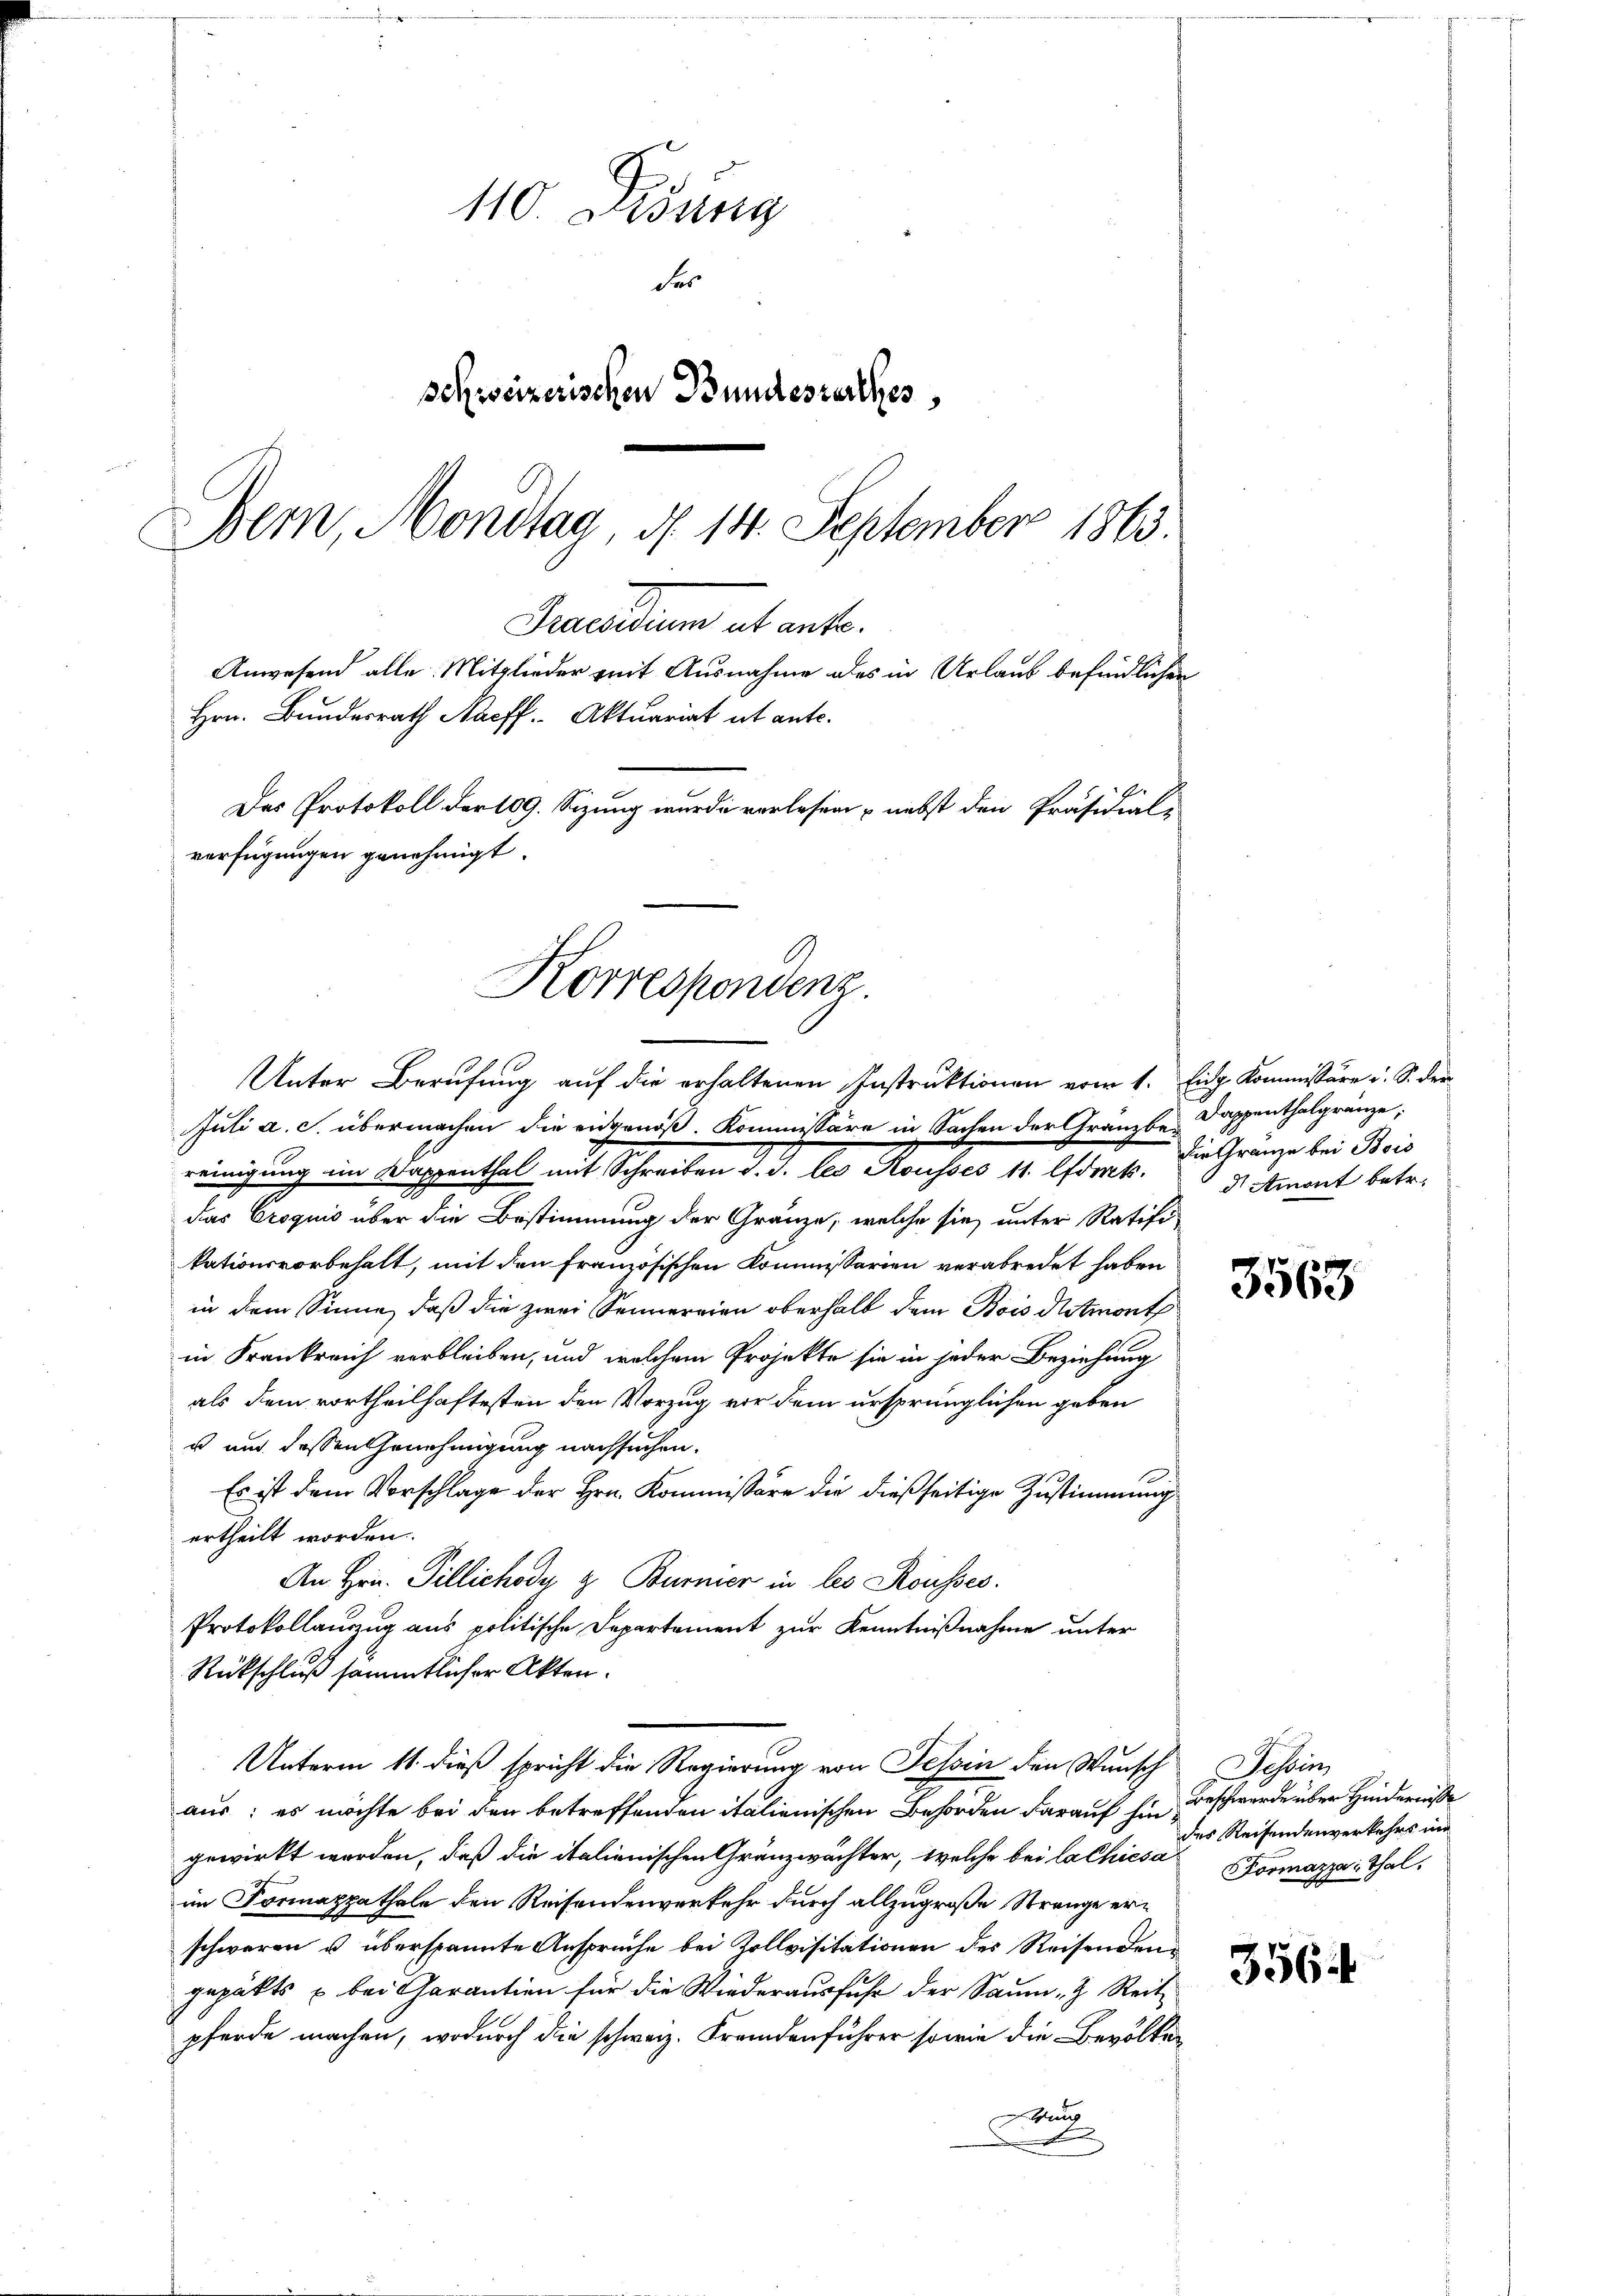
110. Disung
des
schweizerischen Bundesrathes,
Bern, Mondtag, d. 14. September 1863.
Gruendum et ante.
Anwesend alle Mitglieder mit Ausnahme des in Urlaub befindlichen
Hrn. Bundesrath Naeff. Aktuariat ut ante.
Das Protokoll der 109. Sizung wurde verlesen nebst den Präsidial-
verfügungen genehmigt.

Korrespondenz.
Unter Berufung auf die erhaltenen Instruktionen vom 1. Eidg. Kommissäre u. S. der
Juli a. c. übermachen die eidgenöß. Kommissäre in Sachen der Granzbe Doppenthalgränze,

einigung ein Wagenthal mit Schreiben d. d. des Hausers 18. Ester. Bisheringe bei Weidas Croquis über die Bestimmung der Gränze, welche sie unter Ratifi
kationsvorbehalt, mit den Französischen Kommissarien verabredet haben
in dem Sinne, daß die zwei Sennereien oberhalb dem Bois Ostmont
in Krankreich verbleiben, und welchem Projekte sie in jeder Beziehung
als dem vortheilhaftesten den Vorzug vor dem ursprünglichen geben
u und dessen Genehmigung nachsuchen.
Es ist dem Vorschlage der Hrn. Kommissäre die dießseitige Zustimmung
ertheilt worden.
An Hrn. Pillichody z. Burner in les Rousses.
Protokollauszug aus politische Departement zur Kenntnißnahme unter
Rückschluß sämmtlicher Akten.
Unterm 11. dieß spricht die Regierung von Tessin den Wunsch
aus: es möchte bei den betreffenden italienischen Behörden darauf hingewirkt worden, daß die italienischen Gränzwächter, welche bei la Chiesa
im Formappathale den Reisendenverkehr durch allzugroße Strenge erschweren u überspannte Ansprüche bei Kollvisitationen des Reisenden
gepakts u. bei Garantien für die Wiederausfuhr der Saum & Reit
pferde machen, wodurch die schweiz. Fremdenführer sowie die Bevölke¬
Geltung
.

d Amont betr.

Tessin
Beschwerde über Hindernisse
des Reisendenverkehrs in
Formazza Thal.

3563

3564